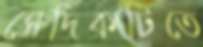
সেদিকটিতে